Sanitation, dispensaries and jails vaccination Rajputana 1922-1927 - 1922-1927
Year: 1922
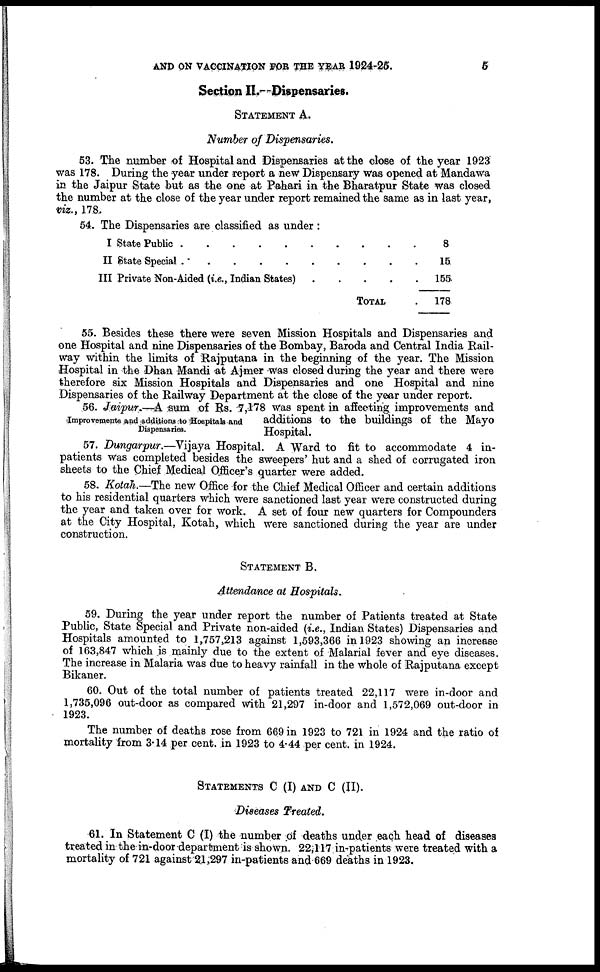
AND ON VACCINATION FOR THE YEAR 1924-25.
5
Section II.—Dispensaries.
STATEMENT A.
Number of Dispensaries.
53. The number of Hospital and Dispensaries at the close of the year 1923
was 178. During the year under report a new Dispensary was opened at Mandawa
in the Jaipur State but as the one at Pahari in the Bharatpur State was closed
the number at the close of the year under report remained the same as in last year,
viz., 178.
54. The Dispensaries are classified as under :
I State Public
.
.
.
.
.
.
.
.
.
.
II State Special .
.
.
.
.
.
.
.
.
.
III Private Non-Aided (i.e., Indian States) . . .
.
.
TOTAL .
8
15
155
178
55. Besides these there were seven Mission Hospitals and Dispensaries and
one Hospital and nine Dispensaries of the Bombay, Baroda and Central India Rail-
way within the limits of Rajputana in the beginning of the year. The Mission
Hospital in the Dhan Mandi at Ajmer was closed during the year and there were
therefore six Mission Hospitals and Dispensaries and one Hospital and nine
Dispensaries of the Railway Department at the close of the year under report.
Improvements and additions to Hospitals and
Dispensaries.
56. Jaipur.—A sum of Rs. 7,178 was spent in affecting improvements and
additions to the buildings of the Mayo
Hospital.
57. Dungarpur.— Vijaya Hospital. A Ward to fit to accommodate 4 in¬
patients was completed besides the sweepers' hut and a shed of corrugated iron
sheets to the Chief Medical Officer's quarter were added.
58. Kotah.—The new Office for the Chief Medical Officer and certain additions
to his residential quarters which were sanctioned last year were constructed during
the year and taken over for work. A set of four new quarters for Compounders
at the City Hospital, Kotah, which were sanctioned during the year are under
construction.
STATEMENT B.
Attendance at Hospitals.
59. During the year under report the number of Patients treated at State
Public, State Special and Private non-aided (i.e., Indian States) Dispensaries and
Hospitals amounted to 1,757,213 against 1,593,366 in 1923 showing an increase
of 163,847 which is mainly due to the extent of Malarial fever and eye diseases.
The increase in Malaria was due to heavy rainfall in the whole of Rajputana except
Bikaner.
60. Out of the total number of patients treated 22,117 were in-door and
1,735,096 out-door as compared with 21,297 in-door and 1,572,069 out-door in
1923.
The number of deaths rose from 669 in 1923 to 721 in 1924 and the ratio of
mortality from 3.14 per cent. in 1923 to 4.44 per cent. in 1924.
STATEMENTS C (I) AND C (II).
Diseases Treated.
61. In Statement C (I) the number of deaths under each head of diseases
treated in the in-door department is shown. 22,117 in-patients were treated with a
mortality of 721 against 21 ,297 in-patients and 669 deaths in 1923.